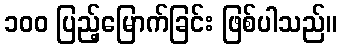
၁၀၀ ပြည့်မြောက်ခြင်း ဖြစ်ပါသည်။